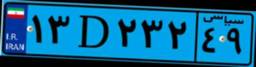
۸۱D۷۹۸۳۲